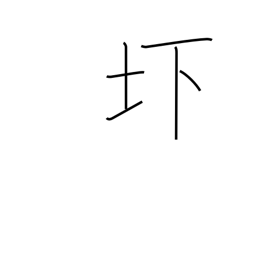
Meaning: low-lying land